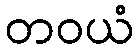
တဝယံ